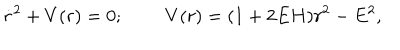
\dot { r } ^ { 2 } + V ( r ) = 0 ; \; \; V ( r ) = ( 1 + 2 E H ) r ^ { 2 } - E ^ { 2 } ,